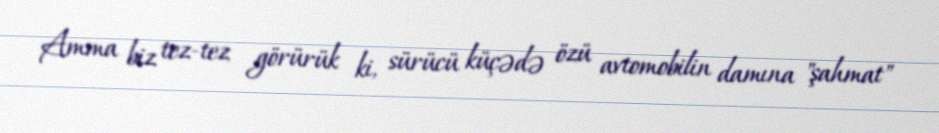
Amma biz tez-tez görürük ki, sürücü küçədə özü avtomobilin damına "şahmat"